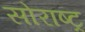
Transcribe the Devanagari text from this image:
सोराष्ट्र